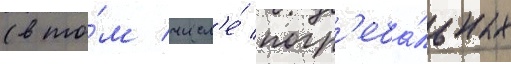
(в то́м числ'е́ погр'еба́льных